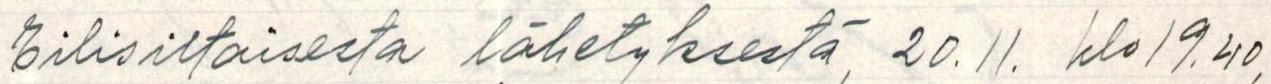
Eilisiltaisesta lähetyksestä, 20.11. klo 19.40,